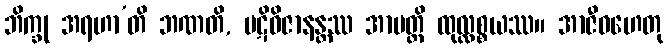
ဘိက္ခု အရဟာ’တိ ဘဏတိ, ပဋိဝိဇာနန္တဿ အာပတ္တိ ထုလ္လစ္စယဿ။ အာဇီဝဟေတု